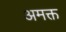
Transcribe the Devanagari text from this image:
अमक्त